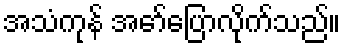
အသံကုန် အော်ပြောလိုက်သည်။